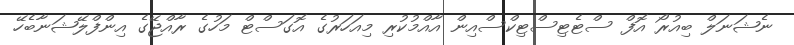
ނެޝަނަލް ބިއުރޯ އޮފް ސްޓެޓިސްޓިކްސްއިން އާއްމުކުރި މިއަހަރުގެ އޮގަސްޓް މަހުގެ ރާއްޖޭގެ އިންފްލޭޝަނާބެހޭ